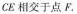
CE 相交于点 F.